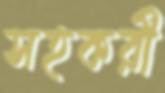
সহকরী